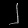
Digit: ၂